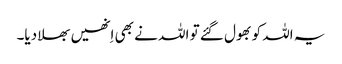
یہ اللہ کو بھول گئے تو اللہ نے بھی اِنھیں بھلا دیا۔